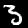
Digit: 3